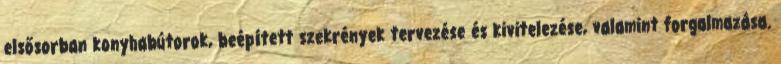
elsősorban konyhabútorok, beépített szekrények tervezése és kivitelezése, valamint forgalmazása.